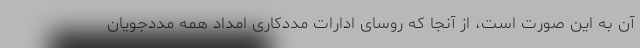
آن به این صورت است، از آنجا که روسای ادارات مددکاری امداد همه مددجویان